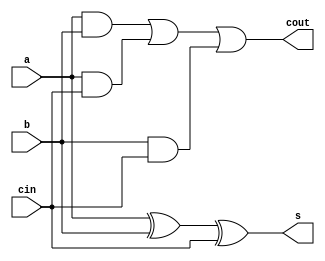
module full_adder (
    input a,
    input b,
    input cin,
    output s,
    output cout
);

    wire w1, w2, w3;

    and( w1, a, b );
    and( w2, a, cin );
    and( w3, b, cin );
    or( cout, w1, w2, w3 );

    xor( s, a, b, cin );

endmodule